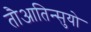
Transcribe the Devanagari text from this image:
तौआतिन्सुयो